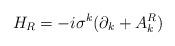
LaTeX: \begin{align*}H_R = -i\sigma^k(\partial_k + A^R_k) \end{align*}